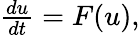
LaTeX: \begin{array}{r}{\frac{du}{dt}=F(u),}\end{array}